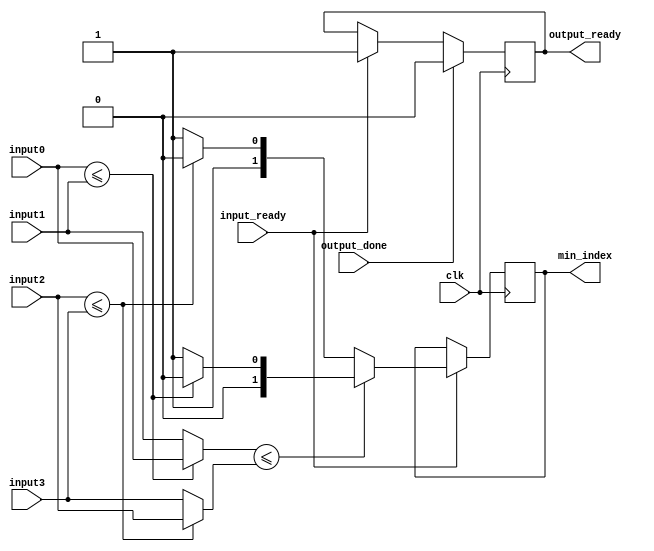
`timescale 1ns / 1ps
//////////////////////////////////////////////////////////////////////////////////
// Company: 
// Engineer: 
// 
// Design Name: 
// Module Name:    compute 
// Project Name: 
// Target Devices: 
// Tool versions: 
// Description: 
//
// Dependencies: 
//
// Revision: 
// Revision 0.01 - File Created
// Additional Comments: Authored by Mainak Chaudhuri
//
//////////////////////////////////////////////////////////////////////////////////
module compute(clk, input0, input1, input2, input3, input_ready, output_done, min_index, output_ready
    );

   	input clk;
	input [2:0] input0;
	input [2:0] input1;
	input [2:0] input2;
	input [2:0] input3;
	input input_ready;
	input output_done;
	
	output [1:0] min_index;
	output output_ready;
	
	reg [1:0] min_index;
	reg output_ready;
	
	wire [2:0] compare1;
	wire [2:0] compare2;
	wire [1:0] index1;
	wire [1:0] index2;
	wire [1:0] index3;
	
	assign compare1 = (input0 <= input1) ? input0 : input1;
	assign compare2 = (input2 <= input3) ? input2 : input3;
	assign index1 = (input0 <= input1) ? 2'b00 : 2'b01;
	assign index2 = (input2 <= input3) ? 2'b10 : 2'b11;
	assign index3 = (compare1 <= compare2) ? index1 : index2;
	
	initial begin
		output_ready = 0;
	end
	
	always @ (posedge clk) begin
	   	if (input_ready == 1) begin
		   	min_index <= index3;
			output_ready <= 1;
		end
		if (output_done == 1) begin
		   	output_ready <= 0;
		end
	end

endmodule